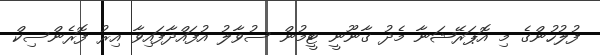
ފުލުހުންގެ މި އޮޕަރޭޝަނާ މެދު ގާނޫނީ ޓީމުން ސުވާލު އުފައްދާފައިވާ އިރު ފޮރެންސިކް